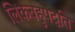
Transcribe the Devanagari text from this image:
लिंकबहुपद्वति